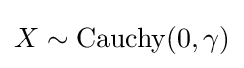
X\sim \operatorname {Cauchy} (0,\gamma )